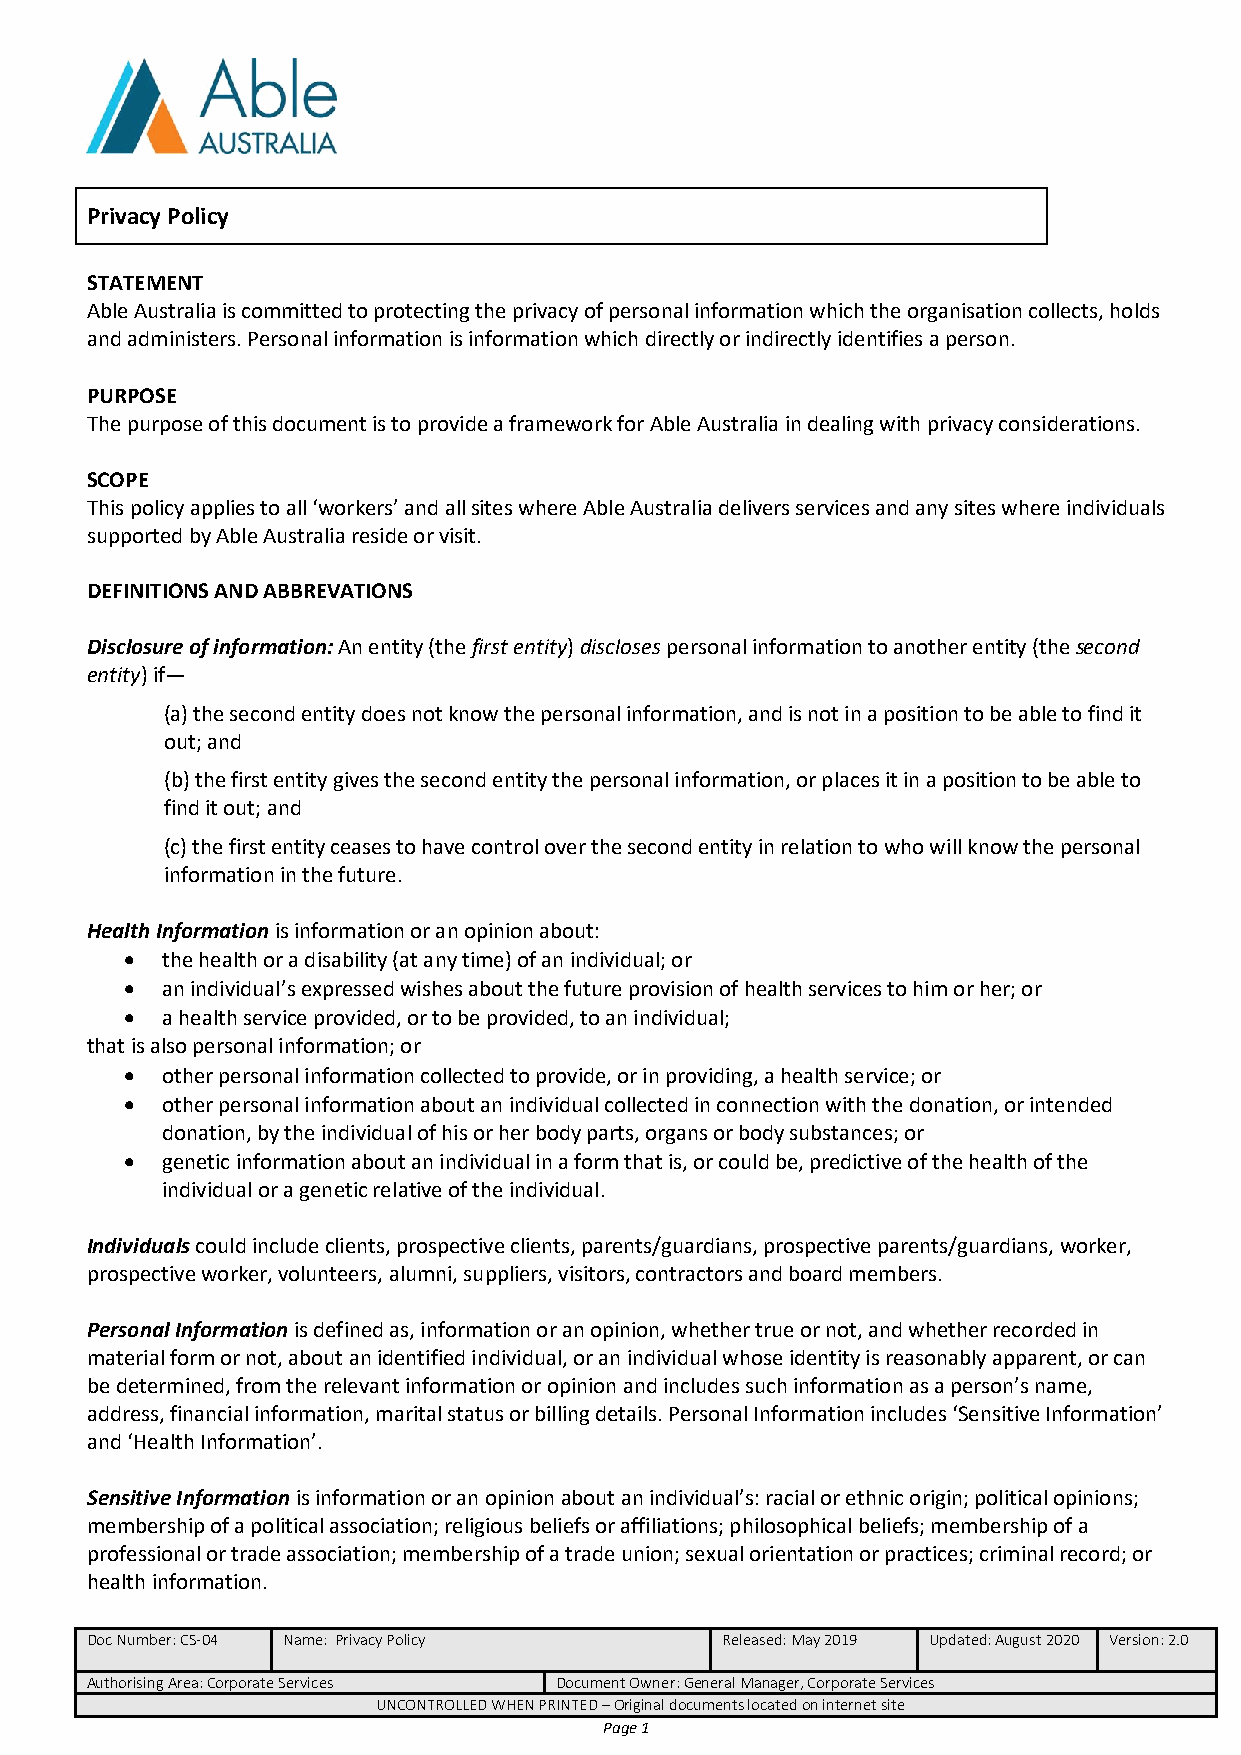
Privacy Policy
 STATEMENT
 Able Australia is committed to protecting the privacy of personal information which the organisation collects, holds
 and administers. Personal information is information which directly or indirectly identifies a person.
 PURPOSE
 The purpose of this document is to provide a framework for Able Australia in dealing with privacy considerations.
 SCOPE
 This policy applies to all ‘workers’ and all sites where Able Australia delivers services and any sites where individuals
 supported by Able Australia reside or visit.
 DEFINITIONS AND ABBREVATIONS
 Disclosure of information: An entity (the first entity) discloses personal information to another entity (the second
 entity) if—
 (a) the second entity does not know the personal information, and is not in a position to be able to find it
 out; and
 (b) the first entity gives the second entity the personal information, or places it in a position to be able to
 find it out; and
 (c) the first entity ceases to have control over the second entity in relation to who will know the personal
 information in the future.
 Health Information is information or an opinion about:
   the health or a disability (at any time) of an individual; or
   an individual’s expressed wishes about the future provision of health services to him or her; or
   a health service provided, or to be provided, to an individual;
 that is also personal information; or
   other personal information collected to provide, or in providing, a health service; or
   other personal information about an individual collected in connection with the donation, or intended
 donation, by the individual of his or her body parts, organs or body substances; or
   genetic information about an individual in a form that is, or could be, predictive of the health of the
 individual or a genetic relative of the individual.
 Individuals could include clients, prospective clients, parents/guardians, prospective parents/guardians, worker,
 prospective worker, volunteers, alumni, suppliers, visitors, contractors and board members.
 Personal Information is defined as, information or an opinion, whether true or not, and whether recorded in
 material form or not, about an identified individual, or an individual whose identity is reasonably apparent, or can
 be determined, from the relevant information or opinion and includes such information as a person’s name,
 address, financial information, marital status or billing details. Personal Information includes ‘Sensitive Information’
 and ‘Health Information’.
 Sensitive Information is information or an opinion about an individual’s: racial or ethnic origin; political opinions;
 membership of a political association; religious beliefs or affiliations; philosophical beliefs; membership of a
 professional or trade association; membership of a trade union; sexual orientation or practices; criminal record; or
 health information.
 Doc Number: CS-04 Name: Privacy Policy    Released: May 2019 Updated: August 2020 Version: 2.0
 Authorising Area: Corporate Services Document Owner: General Manager, Corporate Services
 UNCONTROLLED WHEN PRINTED – Original documents located on internet site
 Page 1